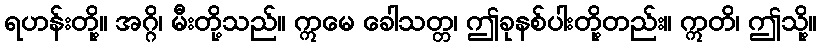
ရဟန်းတို့။ အဂ္ဂိ၊ မီးတို့သည်။ ဣမေ ခေါသတ္တ၊ ဤခုနစ်ပါးတို့တည်း။ ဣတိ၊ ဤသို့။